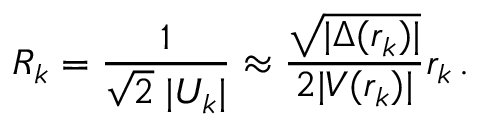
R _ { k } = \frac { 1 } { \sqrt { 2 } \; | U _ { k } | } \approx \frac { \sqrt { | \Delta ( r _ { k } ) | } } { 2 | V ( r _ { k } ) | } r _ { k } \, .